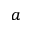
^ a